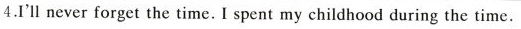
4.I'll never forget the time. I spent my childhood during the time.